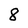
Character: 8